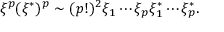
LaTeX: \xi ^ { p } ( \xi ^ { * } ) ^ { p } \sim ( p ! ) ^ { 2 } \xi _ { 1 } \cdots \xi _ { p } \xi _ { 1 } ^ { * } \cdots \xi _ { p } ^ { * } .